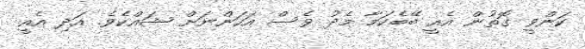
ކަންވީ ގޮތުން އެއީ ބޭބެކަމާ މެދު ވެސް އަހަންނަށް ޝައްކެވެ. އަދި އެއީ